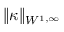
\| \kappa \| _ { W ^ { 1 , \infty } }